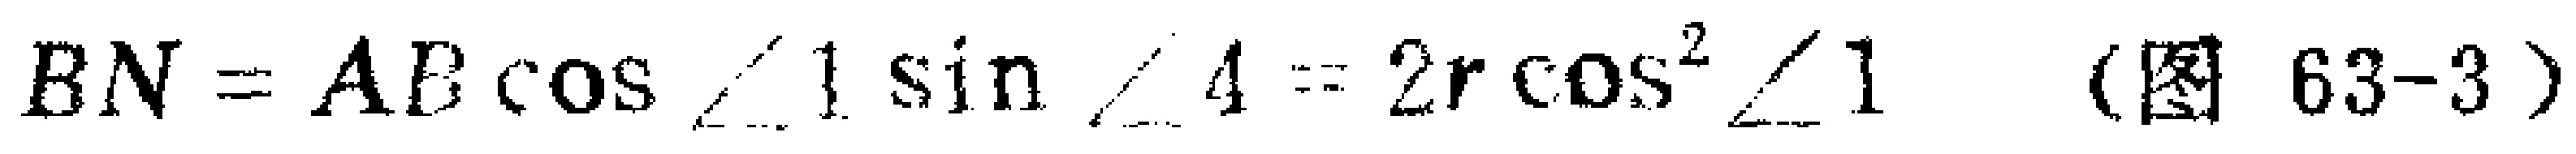
$BN = AB\cos\angle1\sin\angle4 = 2r\cos^{2}\angle1 \text{（图 63-3）}$